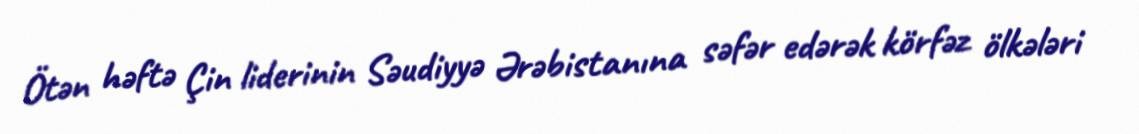
Ötən həftə Çin liderinin Səudiyyə Ərəbistanına səfər edərək körfəz ölkələri